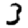
Digit: 3